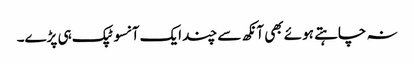
نہ چاہتے ہوئے بھی آنکھ سے چند ایک آنسو ٹپک ہی پڑے۔